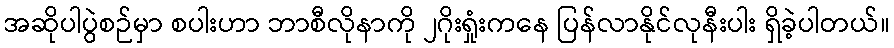
အဆိုပါပွဲစဉ်မှာ စပါးဟာ ဘာစီလိုနာကို ၂ဂိုးရှုံးကနေ ပြန်လာနိုင်လုနီးပါး ရှိခဲ့ပါတယ်။